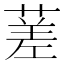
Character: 蒫